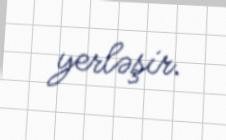
yerləşir.